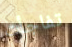
تفاجأت